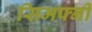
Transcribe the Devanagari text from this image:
सिमफ्नी